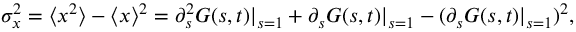
\sigma _ { x } ^ { 2 } = \langle x ^ { 2 } \rangle - \langle x \rangle ^ { 2 } = \partial _ { s } ^ { 2 } G ( s , t ) | _ { s = 1 } + \partial _ { s } G ( s , t ) | _ { s = 1 } - ( \partial _ { s } G ( s , t ) | _ { s = 1 } ) ^ { 2 } ,